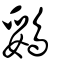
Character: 鵎